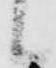
候